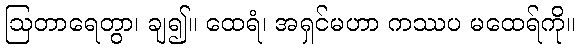
ဩတာရေတွာ၊ ချ၍။ ထေရံ၊ အရှင်မဟာ ကဿပ မထေရ်ကို။